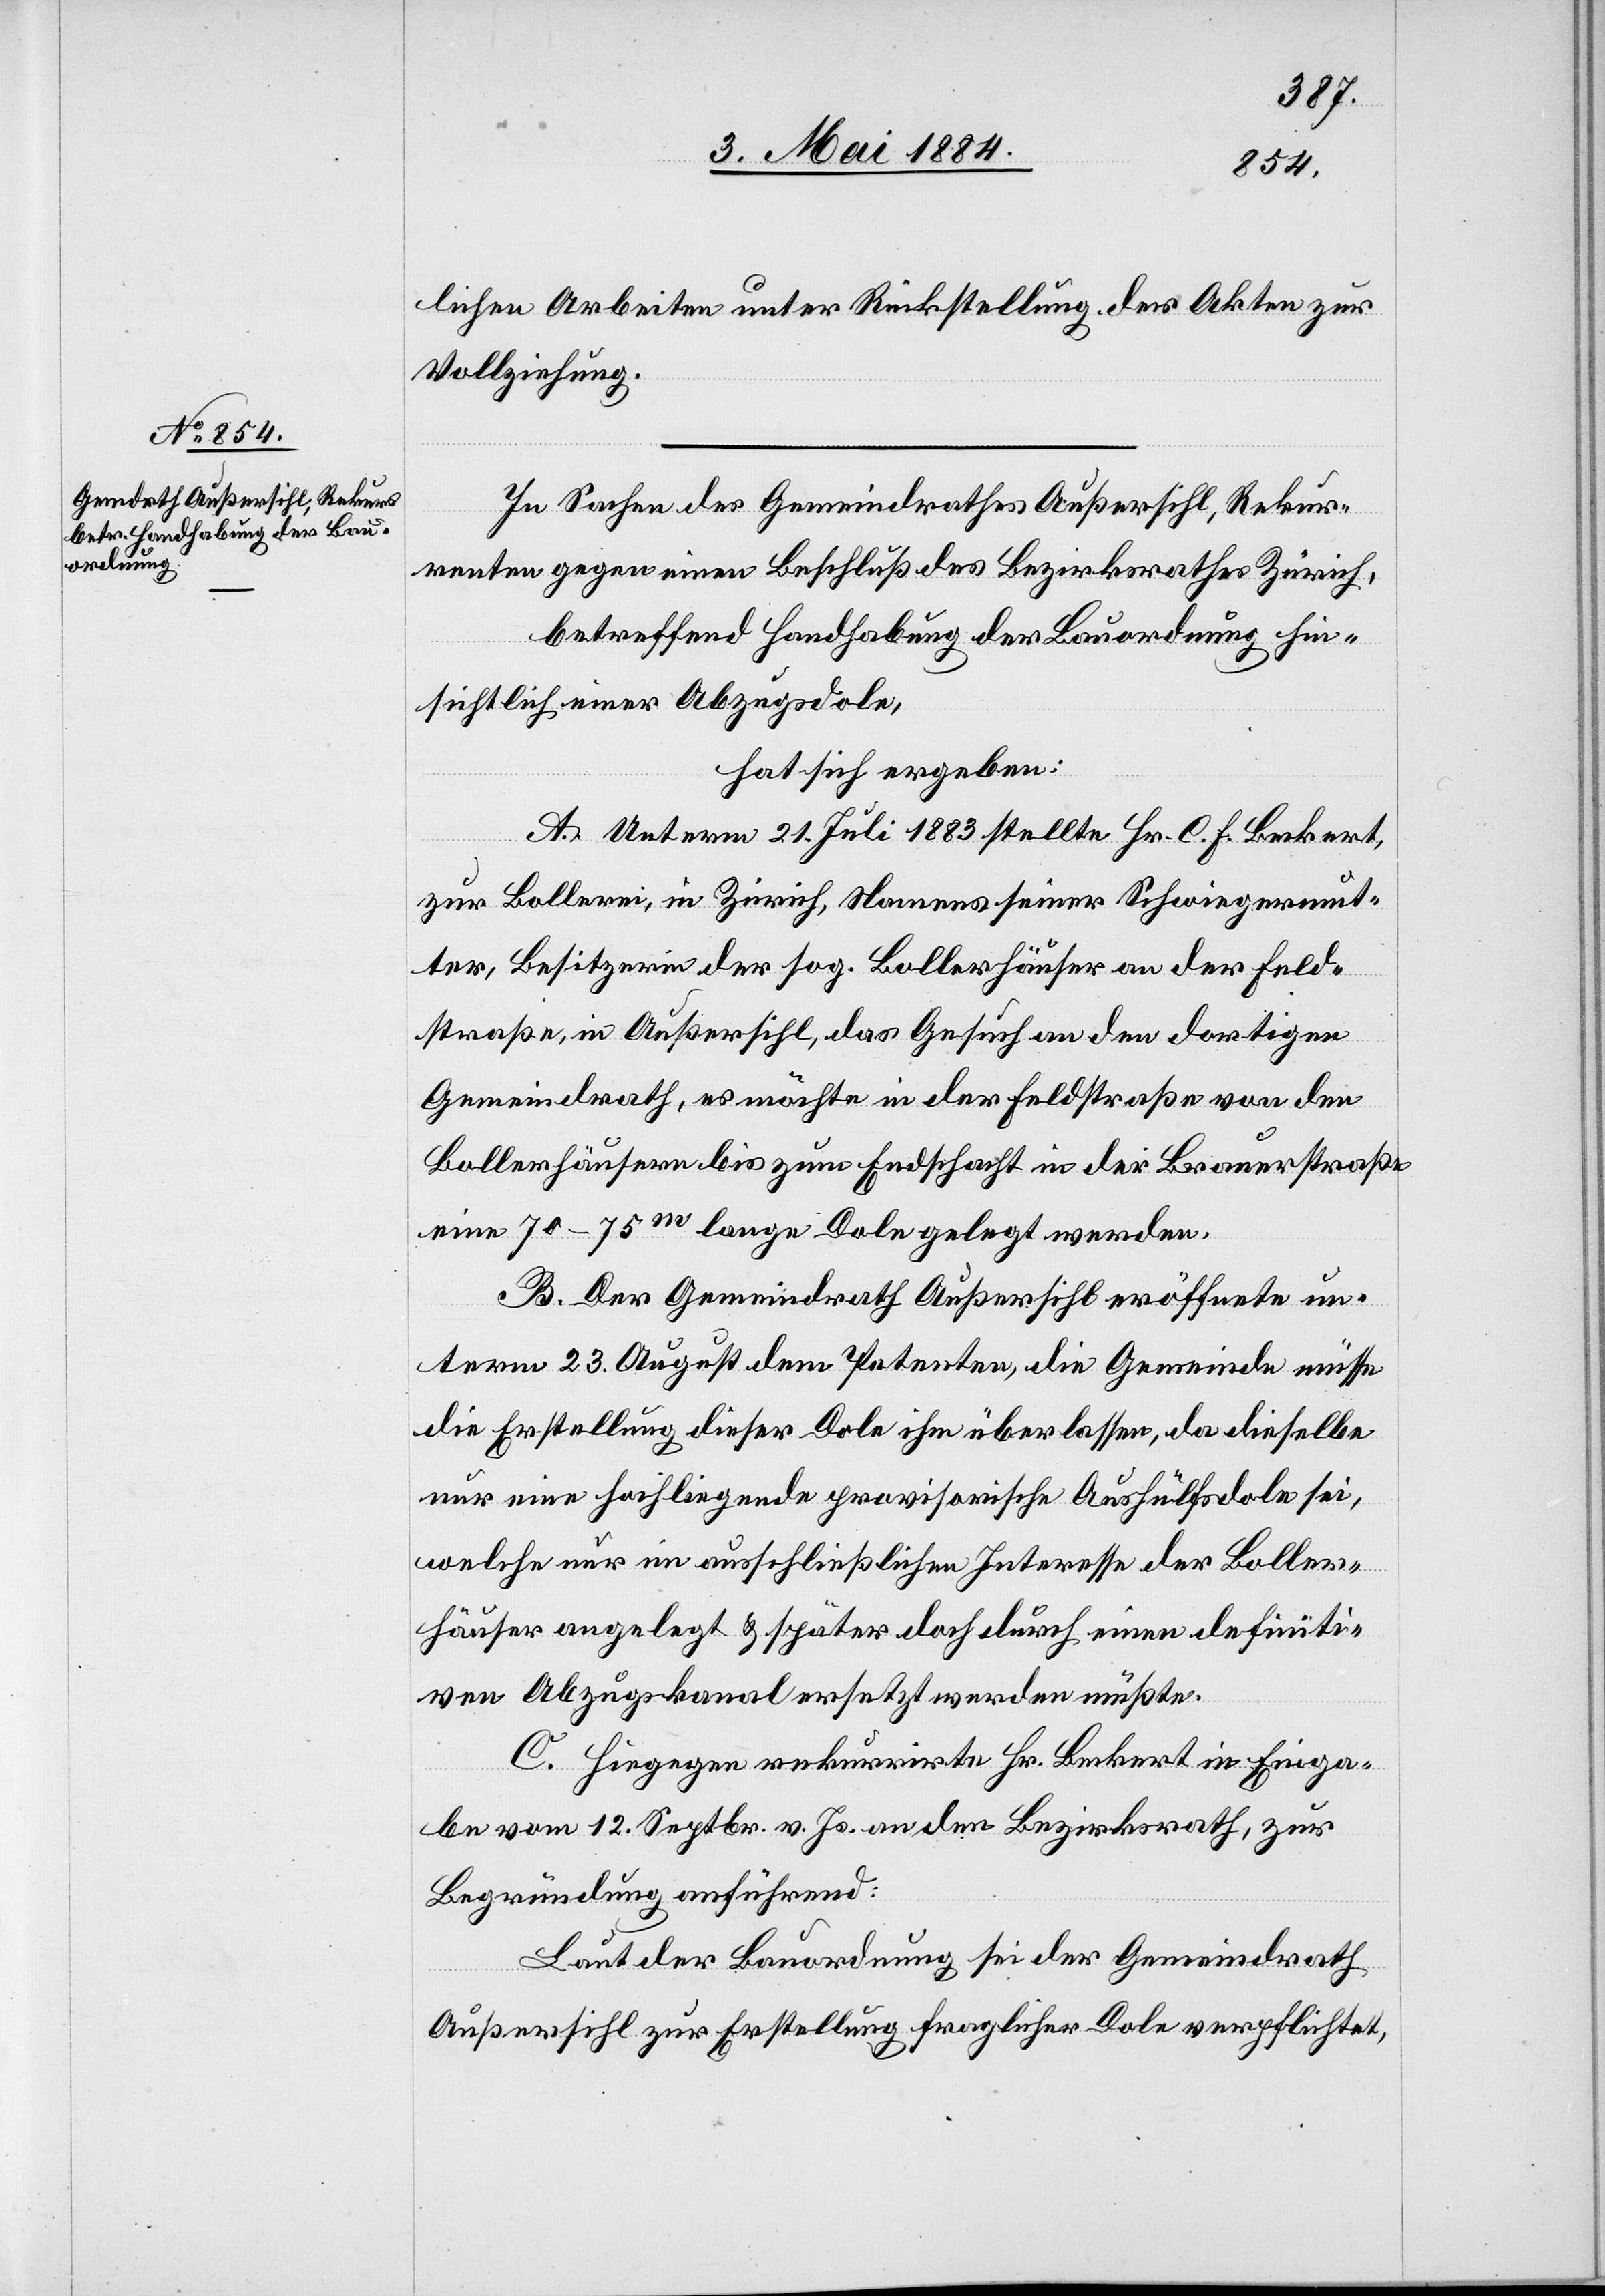
lichen Arbeiten unter Rückstellung der Akten zur
Vollziehung.
In Sachen des Gemeindrathes Außersihl, Rekur¬
renten gegen einen Beschluß des Bezirkrathes Zürich,
betreffend Handhabung der Bauordnung hin¬
sichtlich einer Abzugsdole,
hat sich ergeben:
A. Unterm 21. Juli 1883 stellte Hr. C. F. Beckert,
zur Bollerei, in Zürich, Namens seiner Schwiegermut¬
ter, Besitzerin der sog. Bollerhäuser an der Feld¬
straße, in Außersihl, das Gesuch an den dortigen
Gemeindrath, es möchte in der Feldstraße von den
Bollerhäusern bis zum Endschacht in der Brauerstraße
eine 70–75m lange Dole gelegt werden.
B. Der Gemeindrath Außersihl eröffnete un¬
term 23. August dem Petenten, die Gemeinde müsse
die Erstellung dieser Dole ihm überlassen, da dieselbe
nur eine hochliegende provisorische Aushülfsdole sei,
welche nur im ausschließlichen Interesse der Boller¬
häuser angelegt & später doch durch einen definiti¬
ven Abzugskanal ersetzt werden müßte.
C. Hiegegen rekurrirte Hr. Beckert in Einga¬
be vom 12. Septbr. v. Js. an den Bezirksrath, zur
Begründung anführend:
Laut der Bauordnung sei der Gemeindrath
Außersihl zur Erstellung fraglicher Dole verpflichtet,